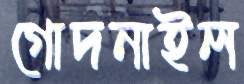
গোদনাইল